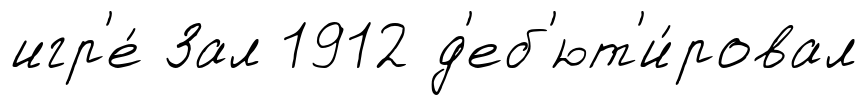
игр'е́ Зал 1912 д'еб'ют'и́ровал